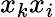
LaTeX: x_{k}x_{i}